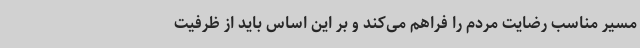
مسیر مناسب رضایت مردم را فراهم می‌کند و بر این اساس باید از ظرفیت